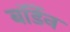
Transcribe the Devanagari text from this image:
बॉर्डेन